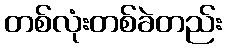
တစ်လုံးတစ်ခဲတည်း